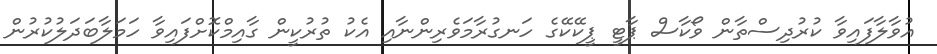
އުވާލާފައިވާ ކުރުދިސްތާން ވޯކާސް ޕާޓީ ޕީކޭކޭގެ ހަނގުރާމަވެރިންނާއި އެކު ތުރުކީން ގާއިމްކޮށްފައިވާ ހަމަލާބަދަލުކުރުން